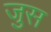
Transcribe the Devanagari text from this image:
जुस